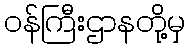
ဝန်ကြီးဌာနတို့မှ